system: You are a helpful assistant.
user:
Analyze the provided spectrum to determine if it is a **"Cataclysmic Variables (CV)"**.

- **Key Indicators for CV (Check for either state):**
    - **State 1: Quiescent / Low-State (Emission-Dominated)**
        - **(Primary):** Strong and *very broad* Hydrogen Balmer emission lines (e.g., $H\alpha$ at 6563 Å, $H\beta$ at 4861 Å). The 'broadness' (high velocity dispersion, often FWHM > 1000 km/s) is the key diagnostic, indicating a high-velocity accretion disk.
        - **(Secondary):** Broad neutral Helium (He I) emission lines (e.g., 5876 Å, 6678 Å).
        - **(Key Confirmation):** Presence of high-excitation *ionized* Helium (He II) emission at 4686 Å. This is a strong indicator of accretion onto a white dwarf.
        - **(Line Profile):** Emission lines may exhibit a 'double-peaked' profile, which is a classic signature of a rotating accretion disk viewed at high inclination.

    - **State 2: Outburst / High-State (Absorption-Dominated)**
        - **(Primary):** Spectrum is dominated by a bright, blue continuum (looks like a hot star).
        - **(Secondary):** The emission lines from State 1 are weak, absent, or 'filled in', and are replaced by broad, shallow *absorption* lines (primarily Balmer and He I).
        - **(Morphology):** The overall spectrum mimics a hot B/A-type star. The crucial difference is that the absorption lines are significantly broader, shallower, and more 'washed-out' (or 'smeared') than the sharp lines of a normal stellar photosphere, due to high rotational speeds and pressure broadening in the disk.

Think first, call **spectral_visualization_tool** if needed to examine features in detail, then provide your final answer. Your response must adhere to the following strict rules:
1.  **Overall Structure:** Your response must follow the format `<think>...</think> <tool_call>...</tool_call> (if a tool is used) <answer>...</answer>`.
2.  **Tool Usage Constraint:** You may only make **one** tool call per turn.
3.  **Final Answer Format:** In the `<answer>` tag, your conclusion must be inside a `\boxed{}` command (e.g., `\boxed{YES}`), followed by your justification.

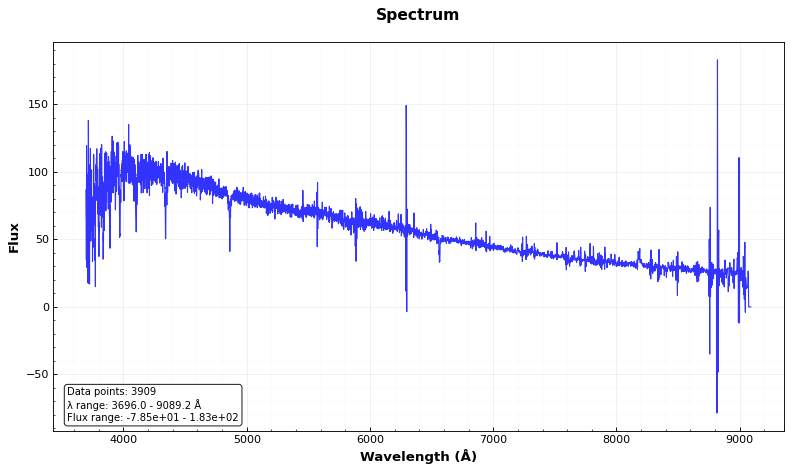
Answer: NO